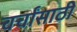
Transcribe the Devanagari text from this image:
चर्चांसाठी